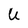
Character: U